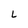
Character: 6